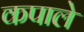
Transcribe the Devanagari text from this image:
कपाले